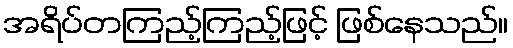
အရိပ်တကြည့်ကြည့်ဖြင့် ဖြစ်နေသည်။